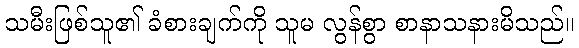
သမီးဖြစ်သူ၏ ခံစားချက်ကို သူမ လွန်စွာ စာနာသနားမိသည်။